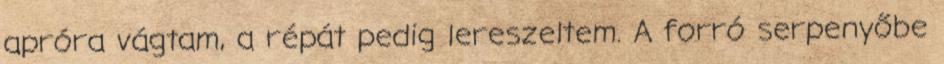
apróra vágtam, a répát pedig lereszeltem. A forró serpenyőbe